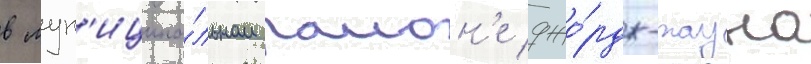
в мун'иципа́льном раион'е джо́рдж-тауна